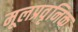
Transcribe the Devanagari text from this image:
मूलप्रवृनिक